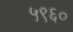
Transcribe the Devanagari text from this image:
५९६०